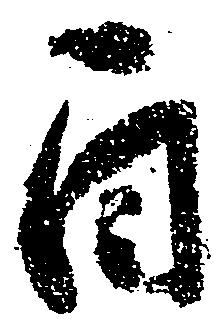
自